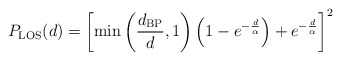
\begin{align*}P_{\rm LOS}(d) = \left[\min \left(\frac{d_{\rm BP}}{d},1 \right)\left( 1- e^{-\frac{d}{\alpha}} \right)+e^{-\frac{d}{\alpha}}\right]^2\end{align*}